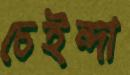
চেইন্দা